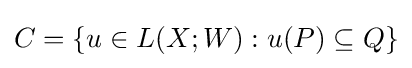
C=\{u\in L(X;W):u(P)\subseteq Q\}